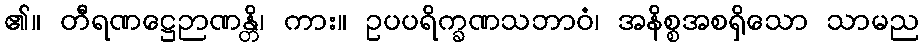
၏။ တီရဏဋ္ဌေဉာဏန္တိ၊ ကား။ ဥပပရိက္ခဏသဘာဝံ၊ အနိစ္စအစရှိသော သာမည